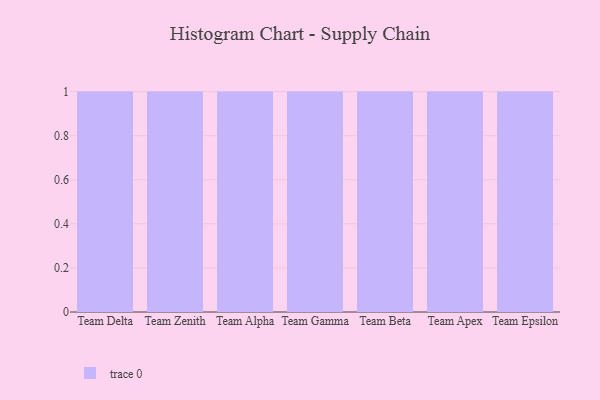
{"axis": {"x": "Team", "y": "Tickets Resolved"}, "legend": [""], "data": [{"x": "Team Delta", "y": 44, "type": ""}, {"x": "Team Zenith", "y": 53, "type": ""}, {"x": "Team Alpha", "y": 94, "type": ""}, {"x": "Team Gamma", "y": 29, "type": ""}, {"x": "Team Beta", "y": 96, "type": ""}, {"x": "Team Apex", "y": 73, "type": ""}, {"x": "Team Epsilon", "y": 33, "type": ""}]}